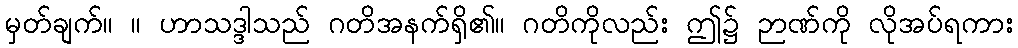
မှတ်ချက်။ ။ ဟာသဒ္ဒါသည် ဂတိအနက်ရှိ၏။ ဂတိကိုလည်း ဤ၌ ဉာဏ်ကို လိုအပ်ရကား